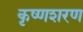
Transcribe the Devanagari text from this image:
कृष्णशरण